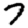
Digit: 7